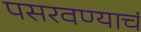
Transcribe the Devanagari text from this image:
पसरवण्याचं